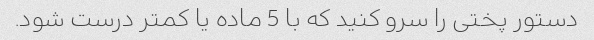
دستور پختی را سرو کنید که با 5 ماده یا کمتر درست شود.